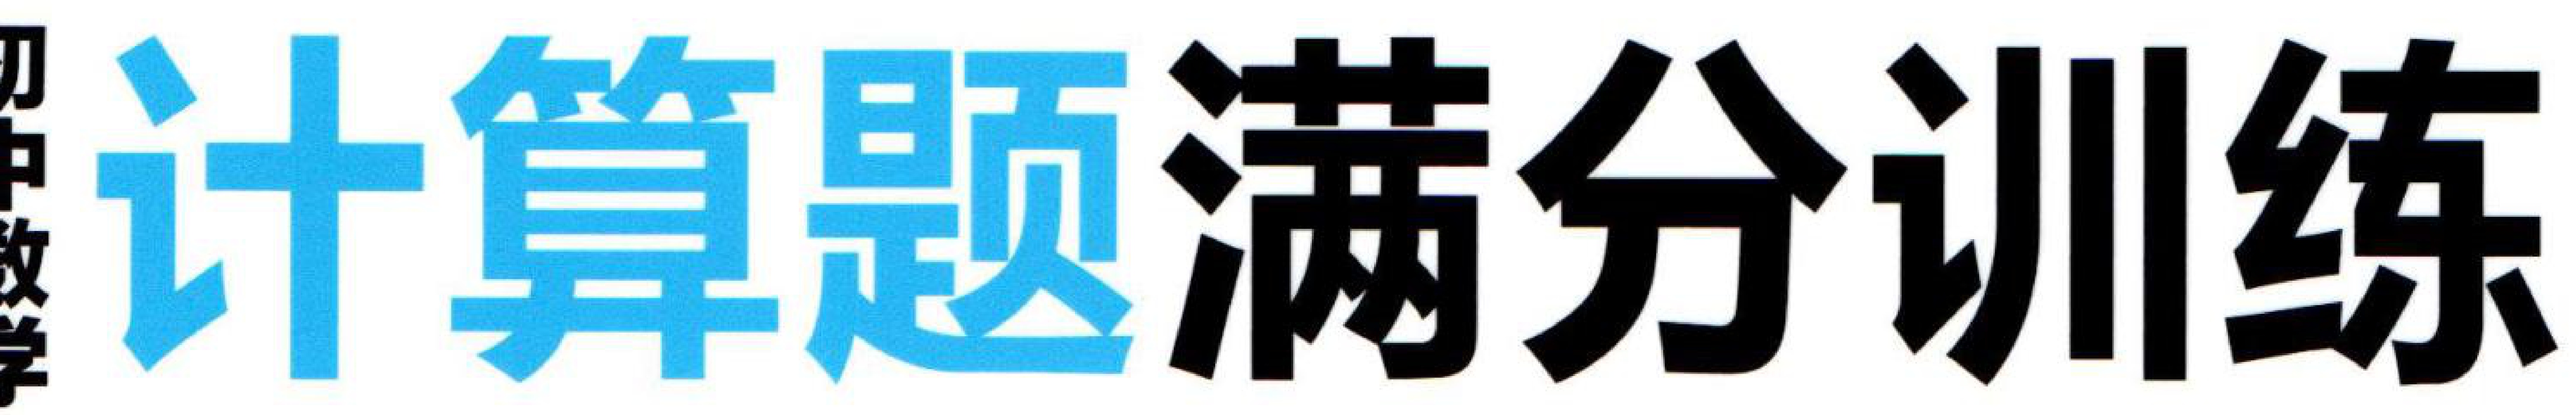
初中数学
计算题满分训练